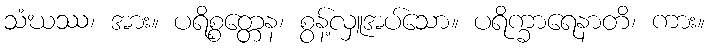
သံဃဿ၊ အား။ ပရိစ္စတ္တေန၊ စွန့်လှူအပ်သော။ ပရိက္ခာရေနာတိ၊ ကား။